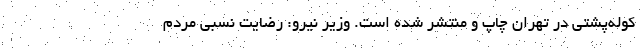
کوله‌پشتی در تهران چاپ و منتشر شده است. وزیر نیرو: رضایت نسبی مردم